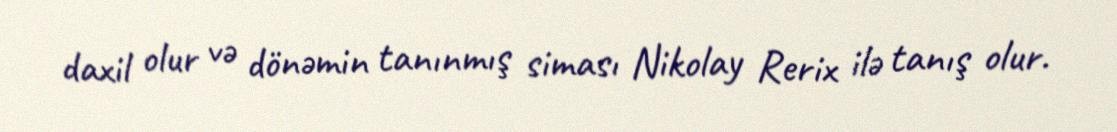
daxil olur və dönəmin tanınmış siması Nikolay Rerix ilə tanış olur.